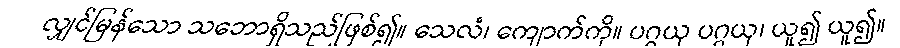
လျှင်မြန်သော သဘောရှိသည်ဖြစ်၍။ သေလံ၊ ကျောက်ကို။ ပဂ္ဂယှ ပဂ္ဂယှ၊ ယူ၍ ယူ၍။